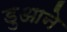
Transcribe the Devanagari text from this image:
डुआने